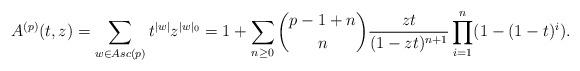
LaTeX: \begin{align*} A^{(p)}(t,z) = \sum_{w \in Asc(p)} t^{|w|}z^{|w|_0} =1+ \sum_{n \geq 0} \binom{p-1+n}{n} \frac{zt}{(1-zt)^{n+1}} \prod_{i=1}^n (1-(1-t)^i).\end{align*}